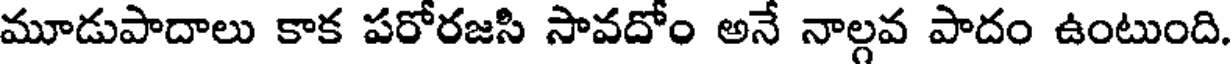
మూడుపాదాలు కాక పరోరజసి సావదోం అనే నాల్గవ పాదం ఉంటుంది